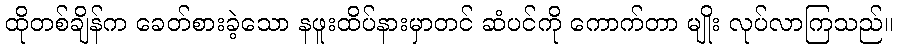
ထိုတစ်ချိန်က ခေတ်စားခဲ့သော နဖူးထိပ်နားမှာတင် ဆံပင်ကို ကောက်တာ မျိုး လုပ်လာကြသည်။